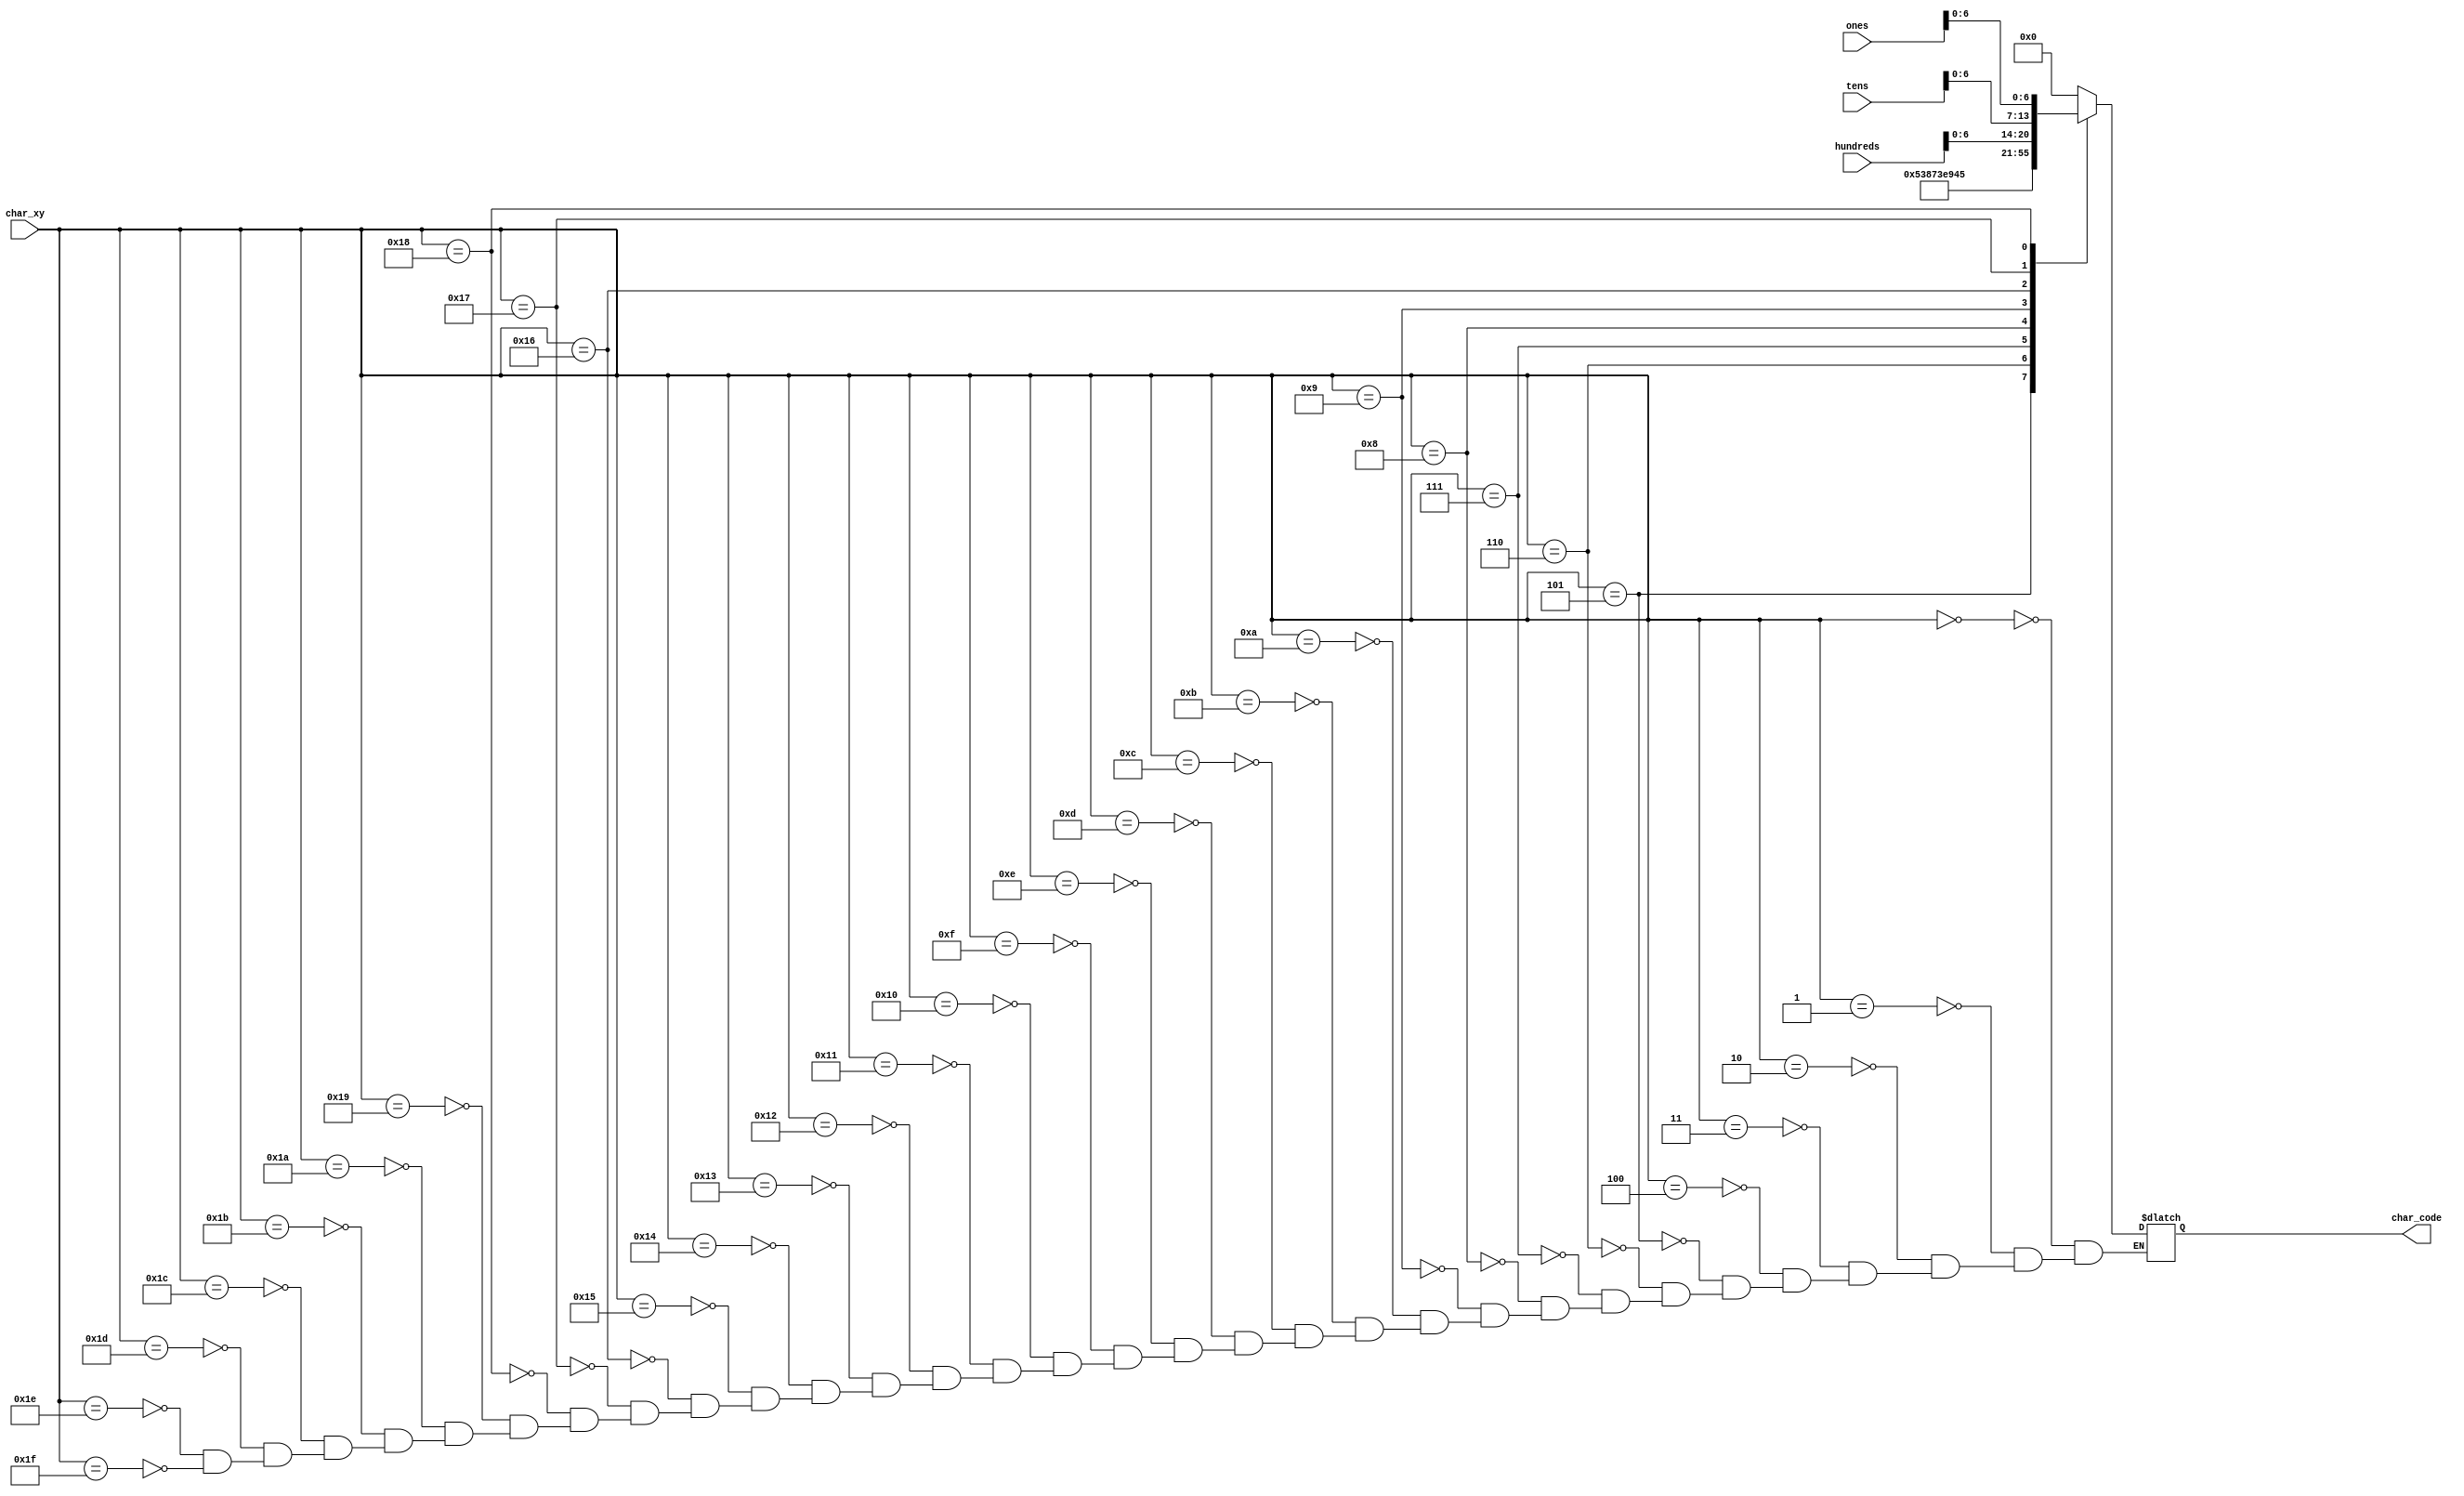
module char_score(
    input wire [7:0] char_xy,
    input wire [7:0] ones,
    input wire [7:0] tens,
    input wire [7:0] hundreds,
    
    output reg [6:0] char_code
    );
        
  reg [7:0] code_data;
    always @*   begin
        char_code = code_data[6:0];
    end
    always @*   begin
        case (char_xy)
            //line 0             
            8'h00: code_data = 8'h00;   
            8'h01: code_data = 8'h00;    
            8'h02: code_data = 8'h00;   
            8'h03: code_data = 8'h00;    
            8'h04: code_data = 8'h00;    
            8'h05: code_data = "S";   
            8'h06: code_data = "C";    
            8'h07: code_data = "O";   
            8'h08: code_data = "R";   
            8'h09: code_data = "E";      
            8'h0a: code_data = 8'h00;    
            8'h0b: code_data = 8'h00;    
            8'h0c: code_data = 8'h00;    
            8'h0d: code_data = 8'h00;    
            8'h0e: code_data = 8'h00;    
            8'h0f: code_data = 8'h00;    
                            
            //line 1                 
            8'h10: code_data = 8'h00;     
            8'h11: code_data = 8'h00;     
            8'h12: code_data = 8'h00;    
            8'h13: code_data = 8'h00;   
            8'h14: code_data = 8'h00;  
            8'h15: code_data = 8'h00;    
            8'h16: code_data = hundreds;  
            8'h17: code_data = tens;  
            8'h18: code_data = ones;  
            8'h19: code_data = 8'h00;      
            8'h1a: code_data = 8'h00;   
            8'h1b: code_data = 8'h00;    
            8'h1c: code_data = 8'h00;   
            8'h1d: code_data = 8'h00;   
            8'h1e: code_data = 8'h00;   
            8'h1f: code_data = 8'h00;   
                         
        endcase
    end            
endmodule